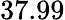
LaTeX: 37.99